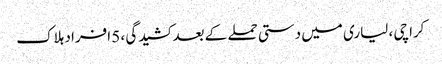
کراچی ، لیاری میں دستی حملے کے بعد کشیدگی ، 5 افراد ہلاک